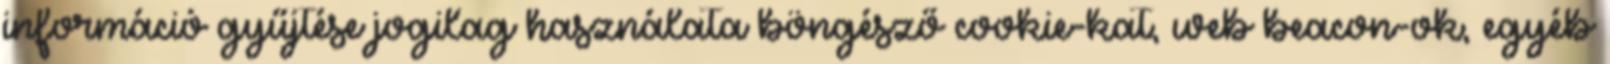
információ gyűjtése jogilag használata böngésző cookie-kat, web beacon-ok, egyéb